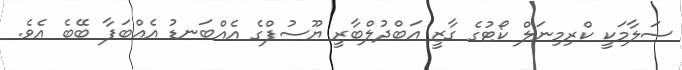
ސަލާމަކީ ކްރިމިނަލް ކޯޓުގެ ގާޒީ އަބްދުލްބާރީ ޔޫސުފްގެ އެއްބަނޑު އެއްބަފާ ބޭބެ އެވެ.